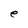
Character: e